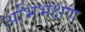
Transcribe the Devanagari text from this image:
अभिभक्षण